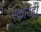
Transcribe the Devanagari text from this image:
एंकोरही